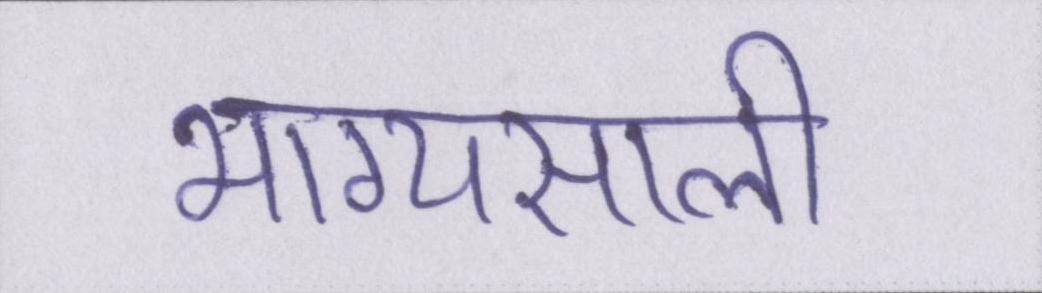
भाग्यसाली